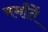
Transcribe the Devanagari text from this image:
मर्मांतें